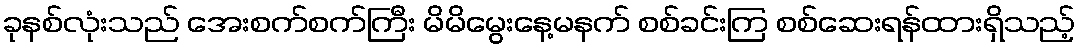
ခုနစ်လုံးသည် အေးစက်စက်ကြီး မိမိမွေးနေ့မနက် စစ်ခင်းကြ စစ်ဆေးရန်ထားရှိသည့်